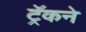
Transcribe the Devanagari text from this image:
ट्रॅकने